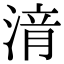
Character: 湇